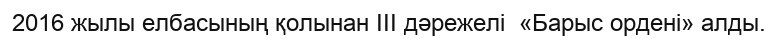
2016 жылы елбасының қолынан ІІІ дәрежелі  «Барыс ордені» алды.